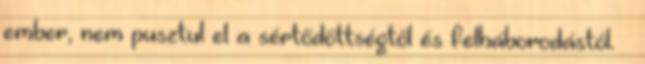
ember, nem pusztul el a sértődöttségtől és felháborodástól. –